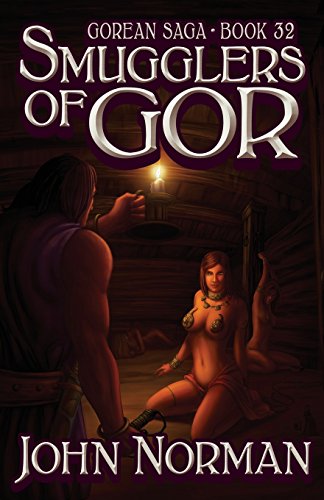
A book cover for Smugglers of Gor (Gorean Saga); John Norman; Romance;